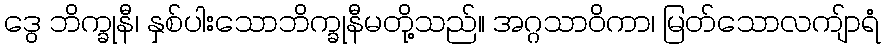
ဒွေ ဘိက္ခုနီ၊ နှစ်ပါးသောဘိက္ခုနီမတို့သည်။ အဂ္ဂသာဝိကာ၊ မြတ်သောလကျ်ာရံ